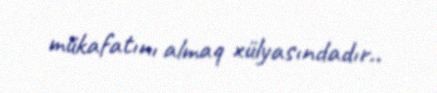
mükafatını almaq xülyasındadır..